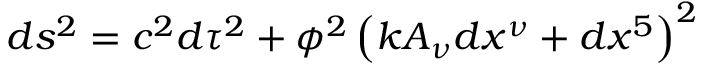
d s ^ { 2 } = c ^ { 2 } d \tau ^ { 2 } + \phi ^ { 2 } \left( k A _ { \nu } d x ^ { \nu } + d x ^ { 5 } \right) ^ { 2 }